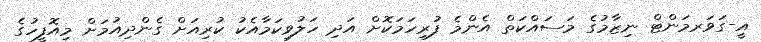
އީ-ގަވަރމަންޓް ނިޒާމުގެ މަސައްކަތް އެންމެ ފުރިހަމަކޮށް އަދި ހަލުވިކަމާއެކު ކުރިއަށް ގެންދިއުމަށް މިއޮފީހުގެ